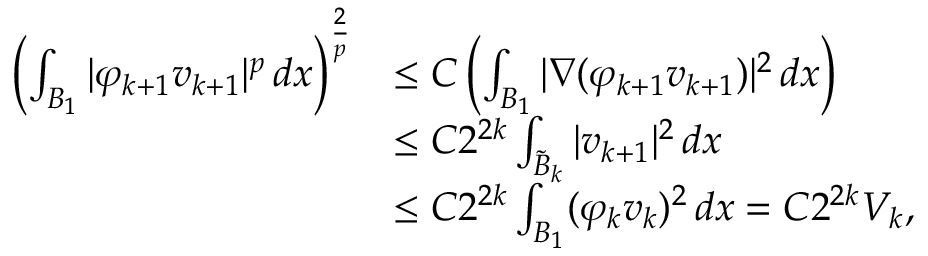
\begin{array} { r l } { \left( \int _ { B _ { 1 } } | \varphi _ { k + 1 } v _ { k + 1 } | ^ { p } \, d x \right) ^ { \frac 2 p } } & { \le C \left( \int _ { B _ { 1 } } | \nabla ( \varphi _ { k + 1 } v _ { k + 1 } ) | ^ { 2 } \, d x \right) } \\ & { \le C 2 ^ { 2 k } \int _ { \tilde { B } _ { k } } | v _ { k + 1 } | ^ { 2 } \, d x } \\ & { \le C 2 ^ { 2 k } \int _ { B _ { 1 } } ( \varphi _ { k } v _ { k } ) ^ { 2 } \, d x = C 2 ^ { 2 k } V _ { k } , } \end{array}